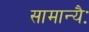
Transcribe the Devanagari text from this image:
सामान्यैः